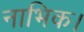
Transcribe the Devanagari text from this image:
नाभिक।